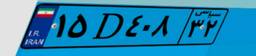
۷۳D۱۸۴۷۶